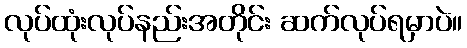
လုပ်ထုံးလုပ်နည်းအတိုင်း ဆက်လုပ်ရမှာပဲ။